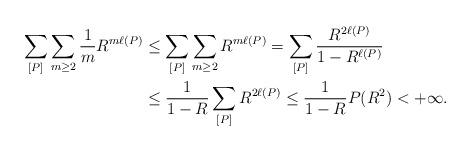
LaTeX: \begin{align*}\sum_{[P]} \sum_{m \geq 2} \frac{1}{m} R^{m \ell(P)} &\leq \sum_{[P]} \sum_{m \geq 2} R^{m \ell(P)}= \sum_{[P]} \frac{R^{2 \ell(P)}}{1- R^{\ell(P)}} \\& \leq \frac{1}{1- R} \sum_{[P]} R^{2 \ell(P)} \leq \frac{1}{1-R} P(R^{2})< +\infty. \end{align*}